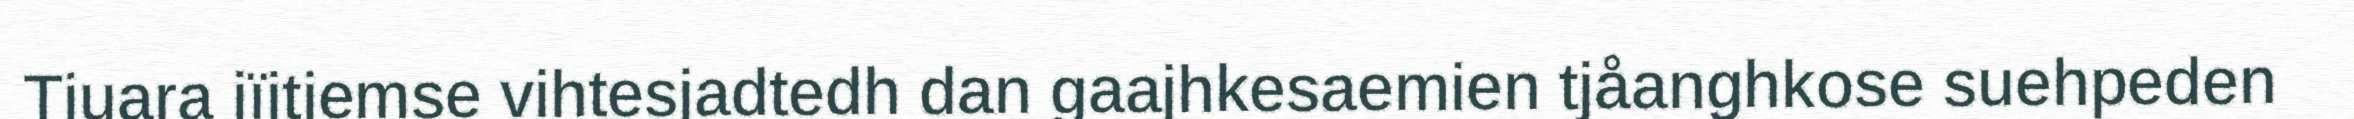
Tjuara jïjtjemse vihtesjadtedh dan gaajhkesaemien tjåanghkose suehpeden